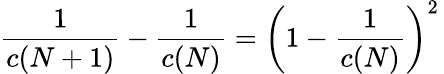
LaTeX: {\frac{1}{c(N+1)}}-{\frac{1}{c(N)}}=\left(1-{\frac{1}{c(N)}}\right)^{2}\,